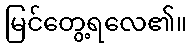
မြင်တွေ့ရလေ၏။